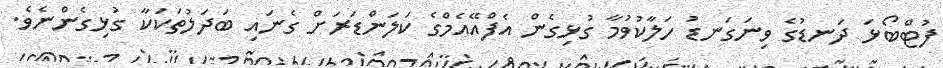
ފުޓްބޯޅަ ދަނޑުގެ ވިނަގަނޑު ހަލާކުވުމާ ގުޅިގެން އެފްއޭއެމްގެ ކަލަންޑަރަށް ގެނައި ބަދަލުތަކަކާ ގުޅިގެންނެވެ.